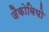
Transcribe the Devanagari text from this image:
जैकोबियो